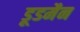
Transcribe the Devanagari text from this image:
डूडमैन